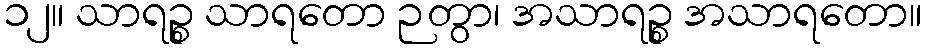
၁၂။ သာရဉ္စ သာရတော ဉတွာ၊ အသာရဉ္စ အသာရတော။